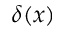
\delta ( x )